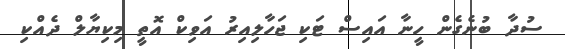
ސުދާ ބުނެގެން ހީނާ އައިސް ޓަކި ޖަހާލިއިރު އަވިކް އޮތީ މިކިޔާލް ދެއްކި